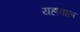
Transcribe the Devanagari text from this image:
यहावाल